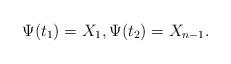
LaTeX: \begin{align*}\Psi(t_1) = X_1,\Psi(t_2) = X_{n-1}.\end{align*}